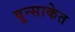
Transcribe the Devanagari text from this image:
वून्साकेत